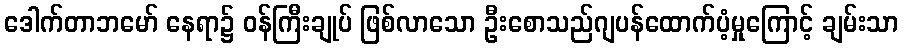
ဒေါက်တာဘမော် နေရာ၌ ဝန်ကြီးချုပ် ဖြစ်လာသော ဦးစောသည်ဂျပန်ထောက်ပံ့မှုကြောင့် ချမ်းသာ